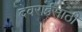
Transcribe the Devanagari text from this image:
देवराईसाठी